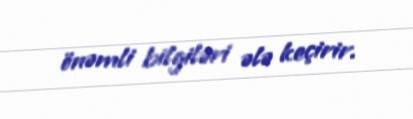
önəmli bilgiləri ələ keçirir.